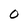
Character: 0